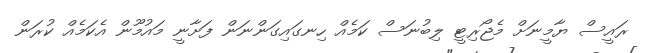
ރައީސް ޔާމީނަށް މެޖޯރިޓީ ލިބުނަސް ކަމެއް ހިނގައިގަންނަން ފަށާނީ މައުމޫން އެކަމެއް ކުރަން